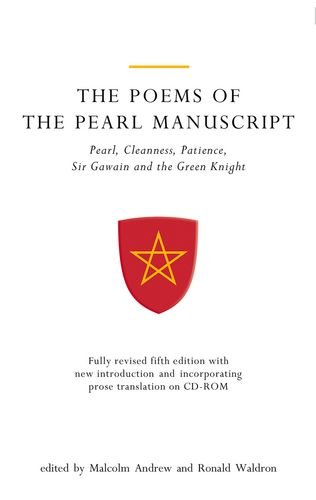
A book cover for The Poems of the Pearl Manuscript: Pearl, Cleanness, Patience, Sir Gawain and the Green Knight (Exeter Medieval Texts and Studies LUP); Literature & Fiction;